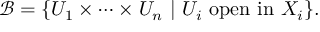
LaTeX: { \mathcal { B } } = \{ U _ { 1 } \times \cdots \times U _ { n } \ | \ U _ { i } \ \mathrm { o p e n \ i n } \ X _ { i } \} .